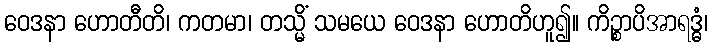
ဝေဒနာ ဟောတီတိ၊ ကတမာ၊ တသ္မိံ သမယေ ဝေဒနာ ဟောတိဟူ၍။ ကိဉ္စာပိအာရဒ္ဓံ၊